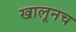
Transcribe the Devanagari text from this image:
खालूनच